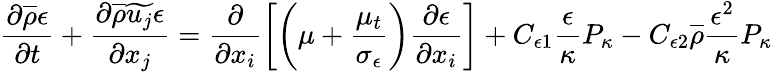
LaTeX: \frac{\partial\overline{{\rho}}\epsilon}{\partial t}+\frac{\partial\overline{{\rho}}\widetilde{u_{j}}\epsilon}{\partial x_{j}}=\frac{\partial}{\partial x_{i}}\left[\left(\mu+\frac{\mu_{t}}{\sigma_{\epsilon}}\right)\frac{\partial\epsilon}{\partial x_{i}}\right]+C_{\epsilon 1}\frac{\epsilon}{\kappa}P_{\kappa}-C_{\epsilon 2}\overline{{\rho}}\frac{\epsilon^{2}}{\kappa}P_{\kappa}